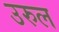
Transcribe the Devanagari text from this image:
उरुल